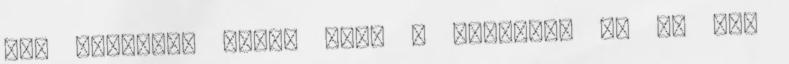
még rosszabb lett, mint a második. Ez se nem